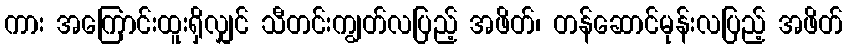
ကား အကြောင်းထူးရှိလျှင် သီတင်းကျွတ်လပြည့် အဖိတ်၊ တန်ဆောင်မုန်းလပြည့် အဖိတ်